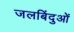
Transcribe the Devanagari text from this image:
जलबिंदुओं